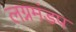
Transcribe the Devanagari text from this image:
लग्नमंडप